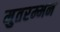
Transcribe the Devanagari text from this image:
मुतरम्मन